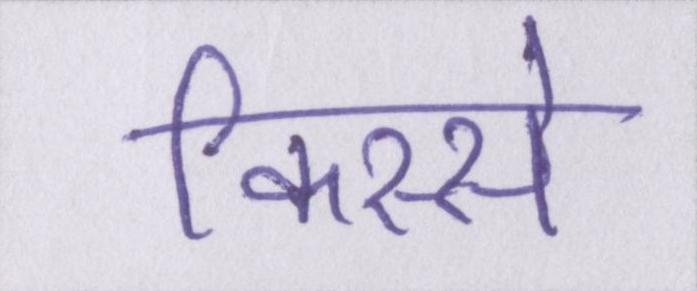
किस्से